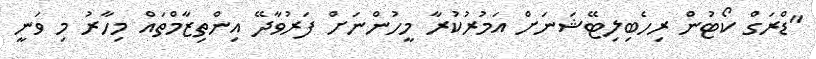
"ޑްރަގް ކޯޓުން ރިހެބިލިޓޭޝަނަށް އަމުރުކުރާ މީހުންނަށް ފަރުވާދޭ އިންތިޒާމްތައް މިހާރު މި ވަނީ